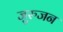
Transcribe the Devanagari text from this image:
जुरुजन